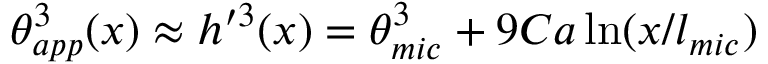
\theta _ { a p p } ^ { 3 } ( x ) \approx h ^ { \prime 3 } ( x ) = \theta _ { m i c } ^ { 3 } + 9 C a \ln ( x / l _ { m i c } )